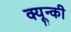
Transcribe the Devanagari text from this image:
क्यून्की